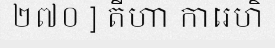
២៧០ ] តីហា ការេហិ